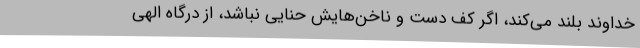
خداوند بلند می‌کند، اگر کف دست و ناخن‌هایش حنایی نباشد، از درگاه الهی